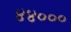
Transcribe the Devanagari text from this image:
४४०००